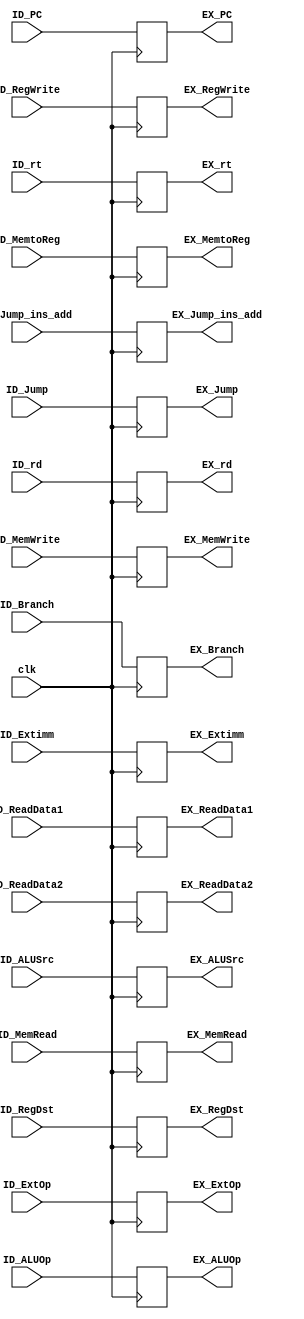
module ID_EX (clk, 
    ID_MemtoReg, ID_RegWrite,
    ID_Branch, ID_Jump, ID_MemWrite, ID_MemRead,
    ID_RegDst, ID_ALUSrc, ID_ExtOp, ID_ALUOp,
    ID_PC, ID_Jump_ins_add, ID_ReadData1, ID_ReadData2, ID_Extimm, ID_rt, ID_rd,
    EX_MemtoReg, EX_RegWrite,
    EX_Branch, EX_Jump, EX_MemWrite, EX_MemRead,
    EX_RegDst, EX_ALUSrc, EX_ExtOp, EX_ALUOp,
    EX_PC, EX_Jump_ins_add, EX_ReadData1, EX_ReadData2, EX_Extimm, EX_rt, EX_rd);

    input clk;

    input ID_MemtoReg;
    input ID_RegWrite;

    input ID_Branch;
    input ID_Jump;
    input ID_MemWrite;
    input ID_MemRead;

    input ID_RegDst;
    input ID_ALUSrc;
    input ID_ExtOp;
    input [2:0] ID_ALUOp;

    input [31:0] ID_PC;
    input [25:0] ID_Jump_ins_add;
    input [31:0] ID_ReadData1;
    input [31:0] ID_ReadData2;
    input [15:0] ID_Extimm;
    input [4:0]  ID_rt;
    input [4:0]  ID_rd;

    output reg EX_MemtoReg;
    output reg EX_RegWrite;

    output reg EX_Branch;
    output reg EX_Jump;
    output reg EX_MemWrite;
    output reg EX_MemRead;

    output reg EX_RegDst;
    output reg EX_ALUSrc;
    output reg EX_ExtOp;
    output reg [2:0] EX_ALUOp;

    output reg [31:0] EX_PC;
    output reg [25:0] EX_Jump_ins_add;
    output reg [31:0] EX_ReadData1;
    output reg [31:0] EX_ReadData2;
    output reg [15:0] EX_Extimm;
    output reg [4:0]  EX_rt;
    output reg [4:0]  EX_rd;

    always @(posedge clk) begin
        EX_MemtoReg <= ID_MemtoReg;
        EX_RegWrite <= ID_RegWrite;
        EX_Branch <= ID_Branch;
        EX_Jump <= ID_Jump;
        EX_MemWrite <= ID_MemWrite;
        EX_MemRead <= ID_MemRead;
        EX_RegDst <= ID_RegDst;
        EX_ALUSrc <= ID_ALUSrc;
        EX_ExtOp <= ID_ExtOp;
        EX_ALUOp <= ID_ALUOp;
        EX_PC <= ID_PC;
        EX_Jump_ins_add <= ID_Jump_ins_add;
        EX_ReadData1 <= ID_ReadData1;
        EX_ReadData2 <= ID_ReadData2;
        EX_Extimm <= ID_Extimm;
        EX_rt <= ID_rt;
        EX_rd <= ID_rd;
    end

endmodule //ID_EX